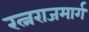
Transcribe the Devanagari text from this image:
रत्नराजमार्ग